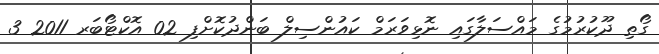
ގޯތި ދޫކުރުމުގެ މައްސަލާގައި ނޮޅިވަރަމް ކައުންސިލް ބަންދުކޮށްފި 02 އޮކްޓޯބަރ 2011 3